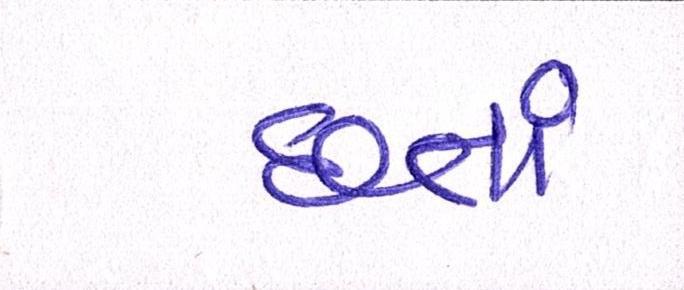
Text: છતાં